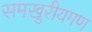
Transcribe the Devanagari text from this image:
समखुरीयगण